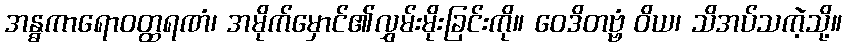
အန္ဓကာရောဝတ္ထရဏံ၊ အမိုက်မှောင်၏လွှမ်းမိုးခြင်းကို။ ဝေဒိတဗ္ဗံ ဝိယ၊ သိအပ်သကဲ့သို့။